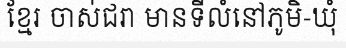
ខ្មែរ ចាស់ជរា មានទីលំនៅភូមិ-ឃុំ